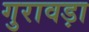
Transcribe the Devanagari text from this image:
गुरावड़ा